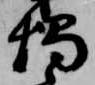
燭